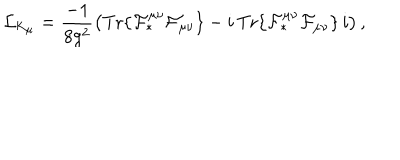
{ \cal L } _ { \mathrm { K } _ { \mu } } = \frac { - 1 } { 8 g ^ { 2 } } \left( \mathrm { T r } \{ { \cal F } _ { \ast } ^ { \mu \nu } { \cal F } _ { \mu \nu } \} - i \, \mathrm { T r } \{ { \cal F } _ { \ast } ^ { \mu \nu } { \cal F } _ { \mu \nu } \} \, i \right) ,